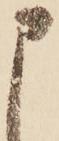
申